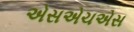
એસએચએસ